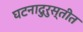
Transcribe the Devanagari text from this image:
घटनादुरुस्तीत